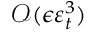
\mathcal { O } ( \epsilon \varepsilon _ { t } ^ { 3 } )